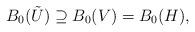
LaTeX: \begin{align*} B_0(\tilde{U}) \supseteq B_0(V) = B_0(H),\end{align*}